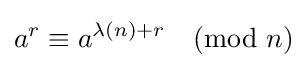
a^{r}\equiv a^{\lambda (n)+r}{\pmod {n}}